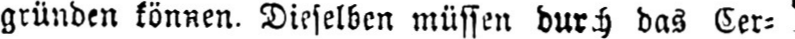
gründen können. Dieselben müssen durch das Cer⸗